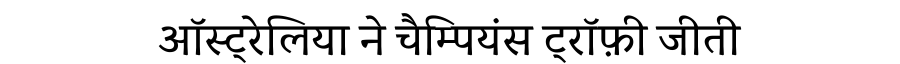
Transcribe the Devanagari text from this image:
ऑस्ट्रेलिया ने चैम्पियंस ट्रॉफ़ी जीती